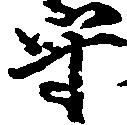
守